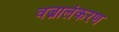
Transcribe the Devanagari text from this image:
वज्रालंकरण